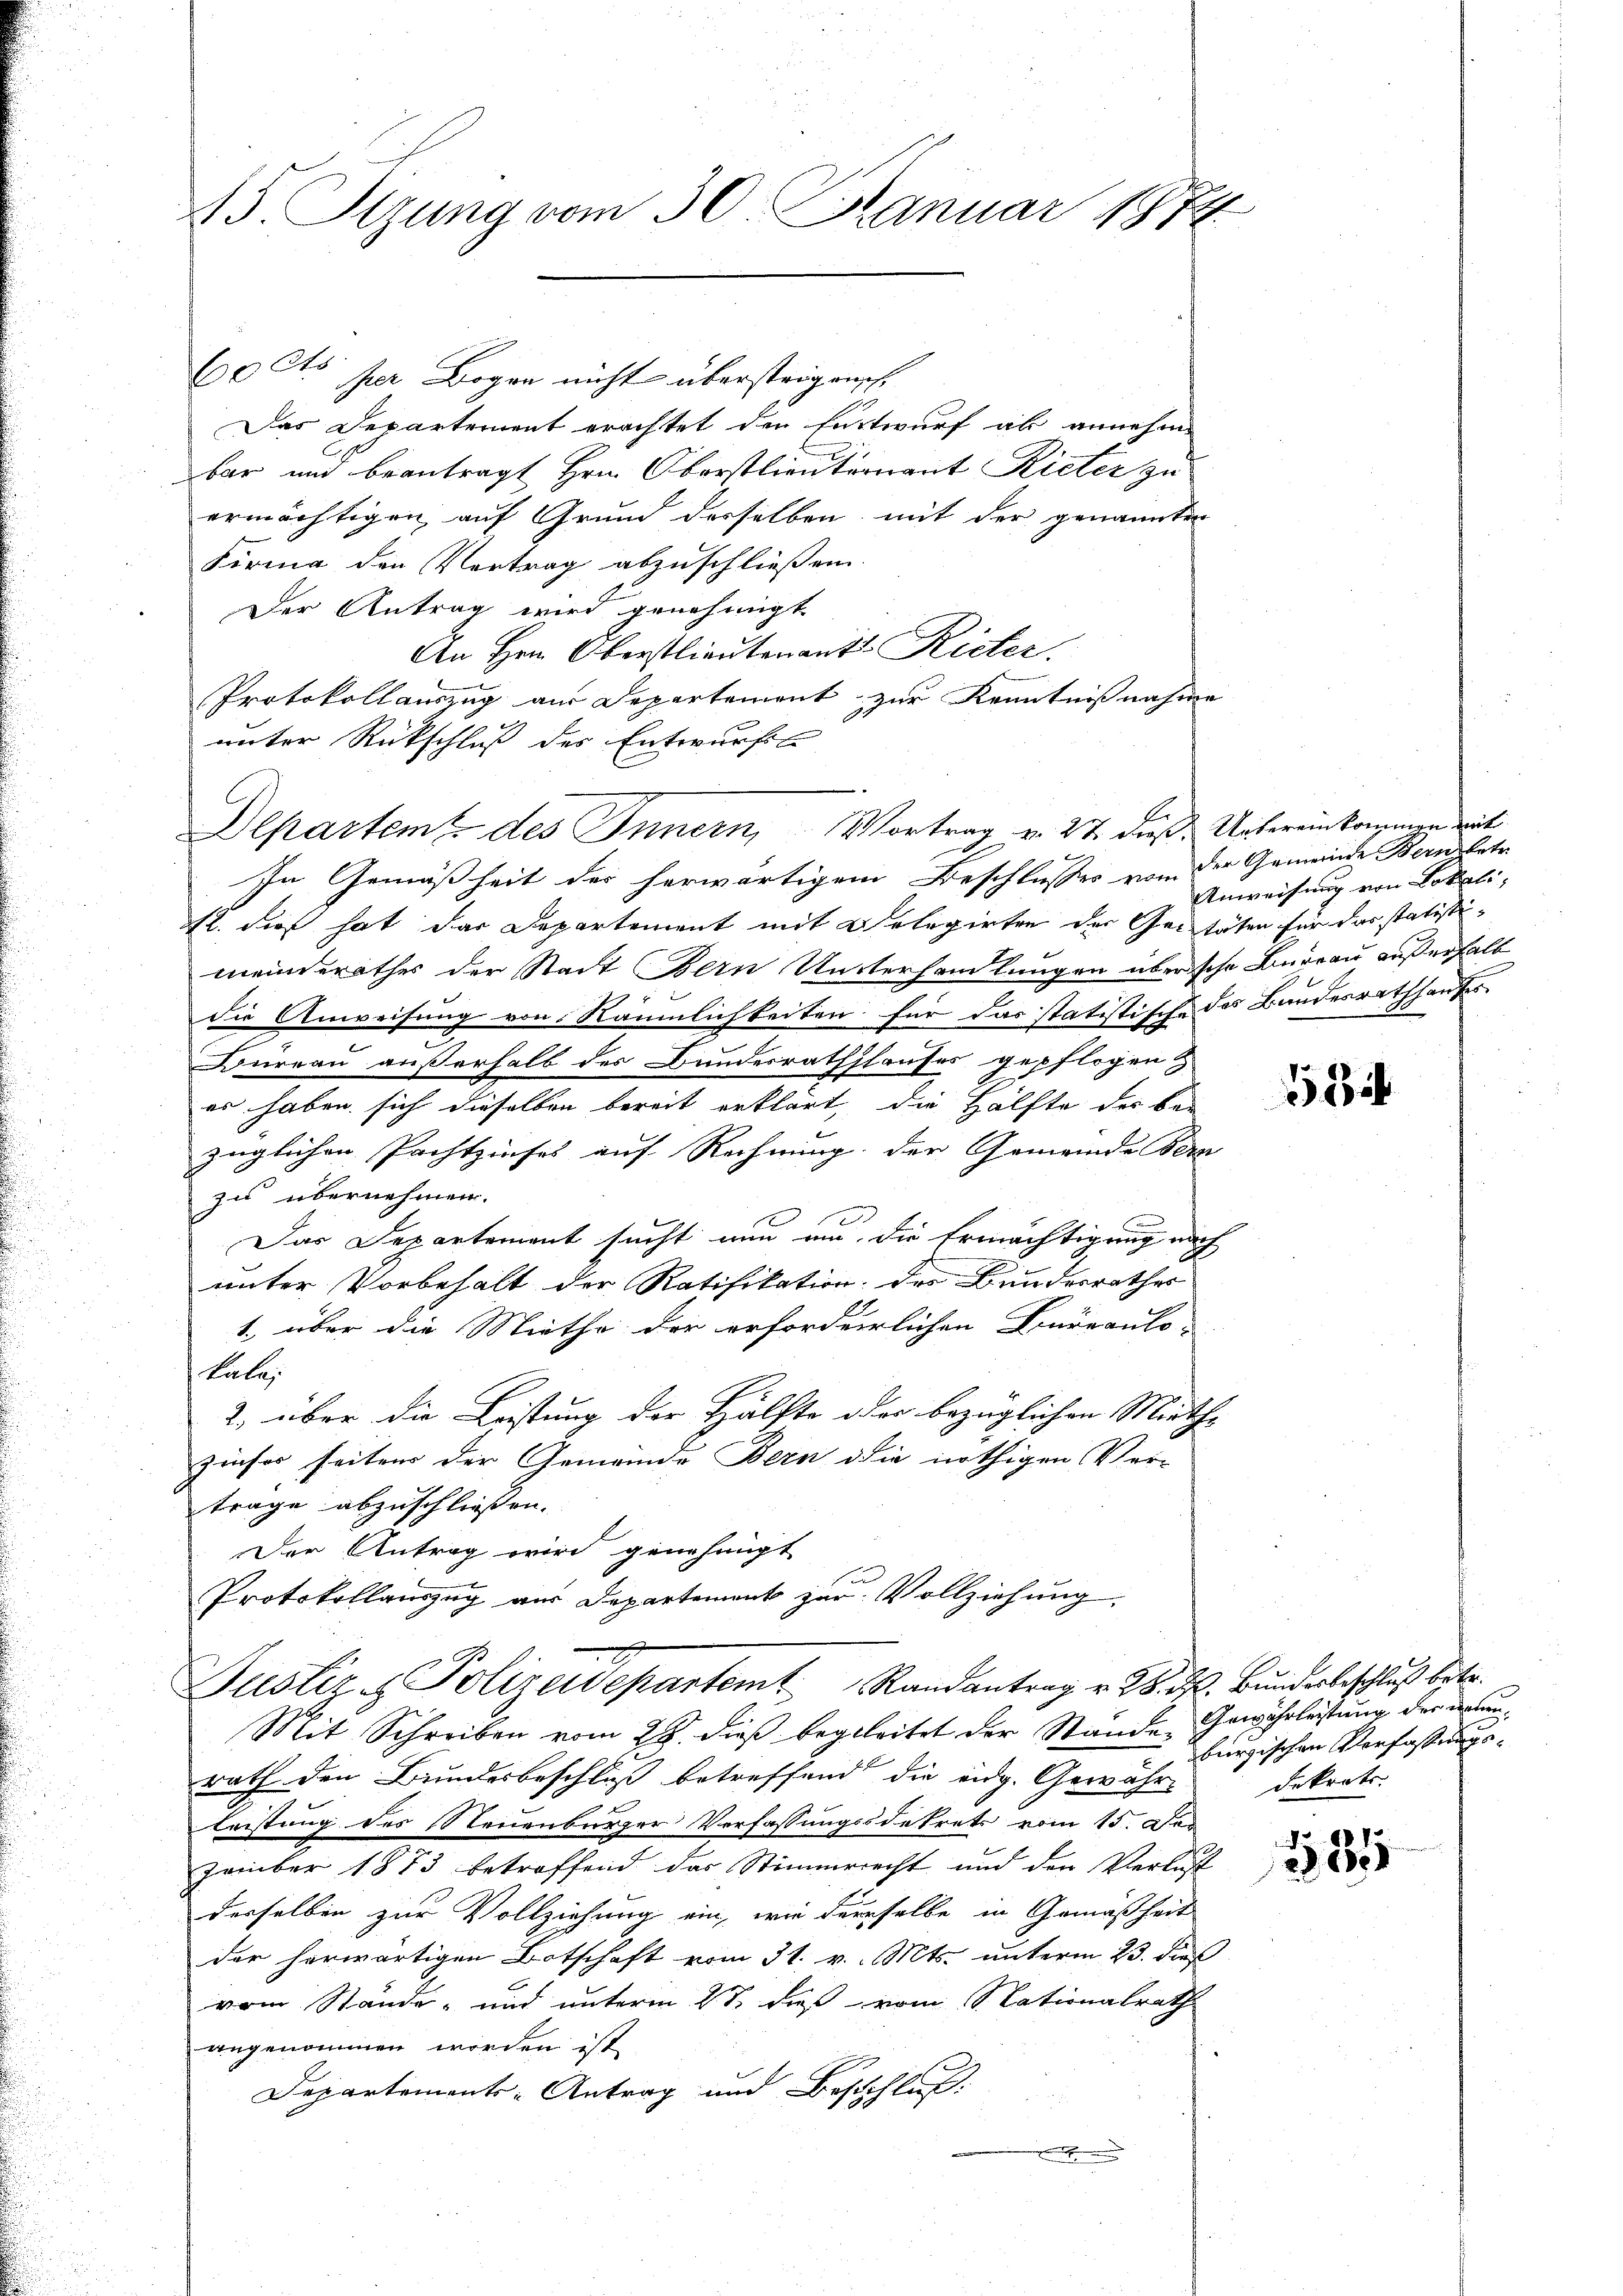
45. Setzung vom 30. Januar 1874.

60 Cts. per Bogen nicht überstrigensch
Das Departement erachtet den Entwurf ab annehm
bar und beantragt Hrn. Oberstlieuternant Rieter zu
ermächtigen auf Grund desselben mit der genannten
Firma den Vertrag abzuschließen.
Der Antrag wird genehmigt
An Hrn. Oberstlieutenant Rieter.
Protokollauszug aus Departement zur Kenntnißnahme
unter Rückschluß des Entwurfs
In Gemäßheit der herwärtigem Beschlusses von der Gemeinde Bern betr
12. dies hat das Departement mit Belegirten der Gestäten für das statistimeinderathes der Stadt Bern Unterhandlungen überische Bureau außerhalt
die Anweisung von Räumlichkeiten für das statistische des Bundesrathhauses
Büreau außerhalb des Bundesrathshauses gepflogen
er haben sich dieselben bereit erklärt, die Hälfte des bezüglichen Pachtzinses auf Rechnung der Gemeinde Bera
zu übernehmen.
Das Departement sucht nun und die Ermächtigung auch
unter Vorbehalt der Ratifikation des Bundesrathes
1., über die Miethe der erforderlichen Bureaulo-
tale.
2) über die Leistung der Hälfte oder bezüglichen Miethe
zinser seiten der Gemeinde Bern die nöthigen Ver-
trage abzuschließen.
Der Antrag wird genehmigt
Protokollauszug aus Departement zur Vollziehung.
Justiz- & Polizeidepartemt Randantrag v. 28. d. Bundesbeschluß betr.
Mit Schreiben vom 28. dieß begleitet der Stände Gewährleistung der Brunrath den Bundesbeschluß betreffend die eidg. Gewähr-
leistung des Neuenburger Verfassungssdekrets vom 15. Der
zember 1873 betreffend das Stimmerecht und den Verlust
desselben zur Vollziehung ein, wie derselbe in Gemäßheit
der herwärtigen Botschaft vom 31. v. Mts. unterm 23. dieß
vom Stände- und unterm 2t dieß vom Nationalrath
angenommen worden ist,
Departements-Antrag und Beschluß:
.

Departemtz des Innern, Vortrag v. 27. dieß. Untereinkommen mit

Anweisung von Lokali,

18

burgischen Verfassungs-
dekrets.

h
385